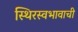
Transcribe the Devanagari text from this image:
स्थिरस्वभावाची